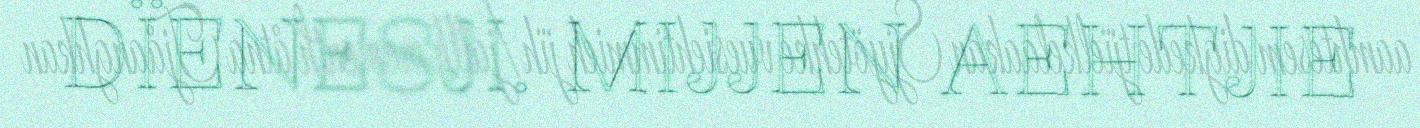
DÏENESJI. MIJJEN AEHTJIE